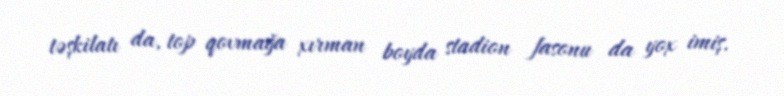
təşkilatı da, top qovmağa xırman boyda stadion fasonu da yox imiş.